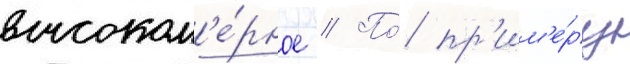
высоком'е́рное // По́ пр'им'е́ру